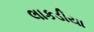
લાકડીયા